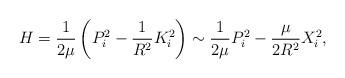
LaTeX: \begin{align*}H=\frac{1}{2\mu}\left(P_{i}^{2}-\frac{1}{R^{2}}K_{i}^{2}\right)\sim \frac{1}{2\mu}P_{i}^{2}-\frac{\mu}{2R^{2}}X_{i}^{2},\end{align*}